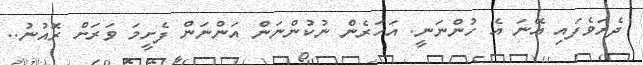
ދެރަވެފައި އޭނަ އެ ހުންނަނީ. އަހަރެން ނުކުންނަން އަންނަން ފެށީމަ ވަރަށް ރޮއުނު..